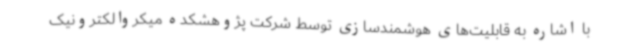
با اشاره به قابلیت‌های هوشمندسازی توسط شرکت پژوهشکده میکروالکترونیک